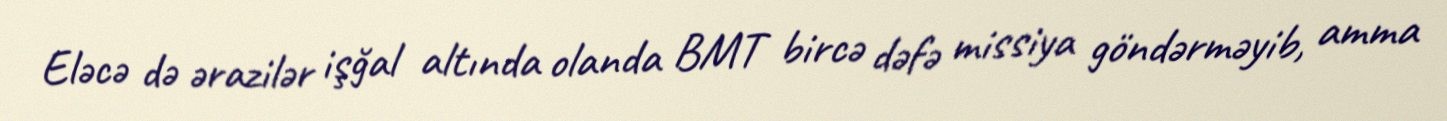
Eləcə də ərazilər işğal altında olanda BMT bircə dəfə missiya göndərməyib, amma